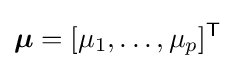
{\boldsymbol {\mu }}=[\mu _{1},\dots ,\mu _{p}]^{\mathsf {T}}